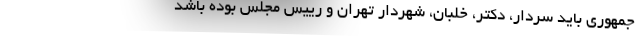
جمهوری باید سردار، دکتر، خلبان، شهردار تهران و رییس مجلس بوده باشد